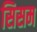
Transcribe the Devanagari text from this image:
सिसम